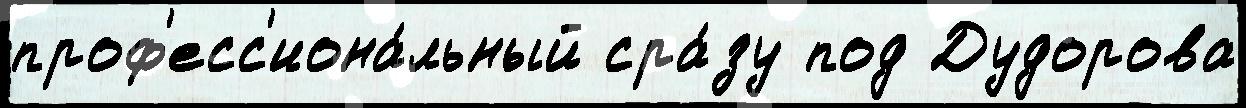
проф'есс'иона́льный сра́зу под Дудорова